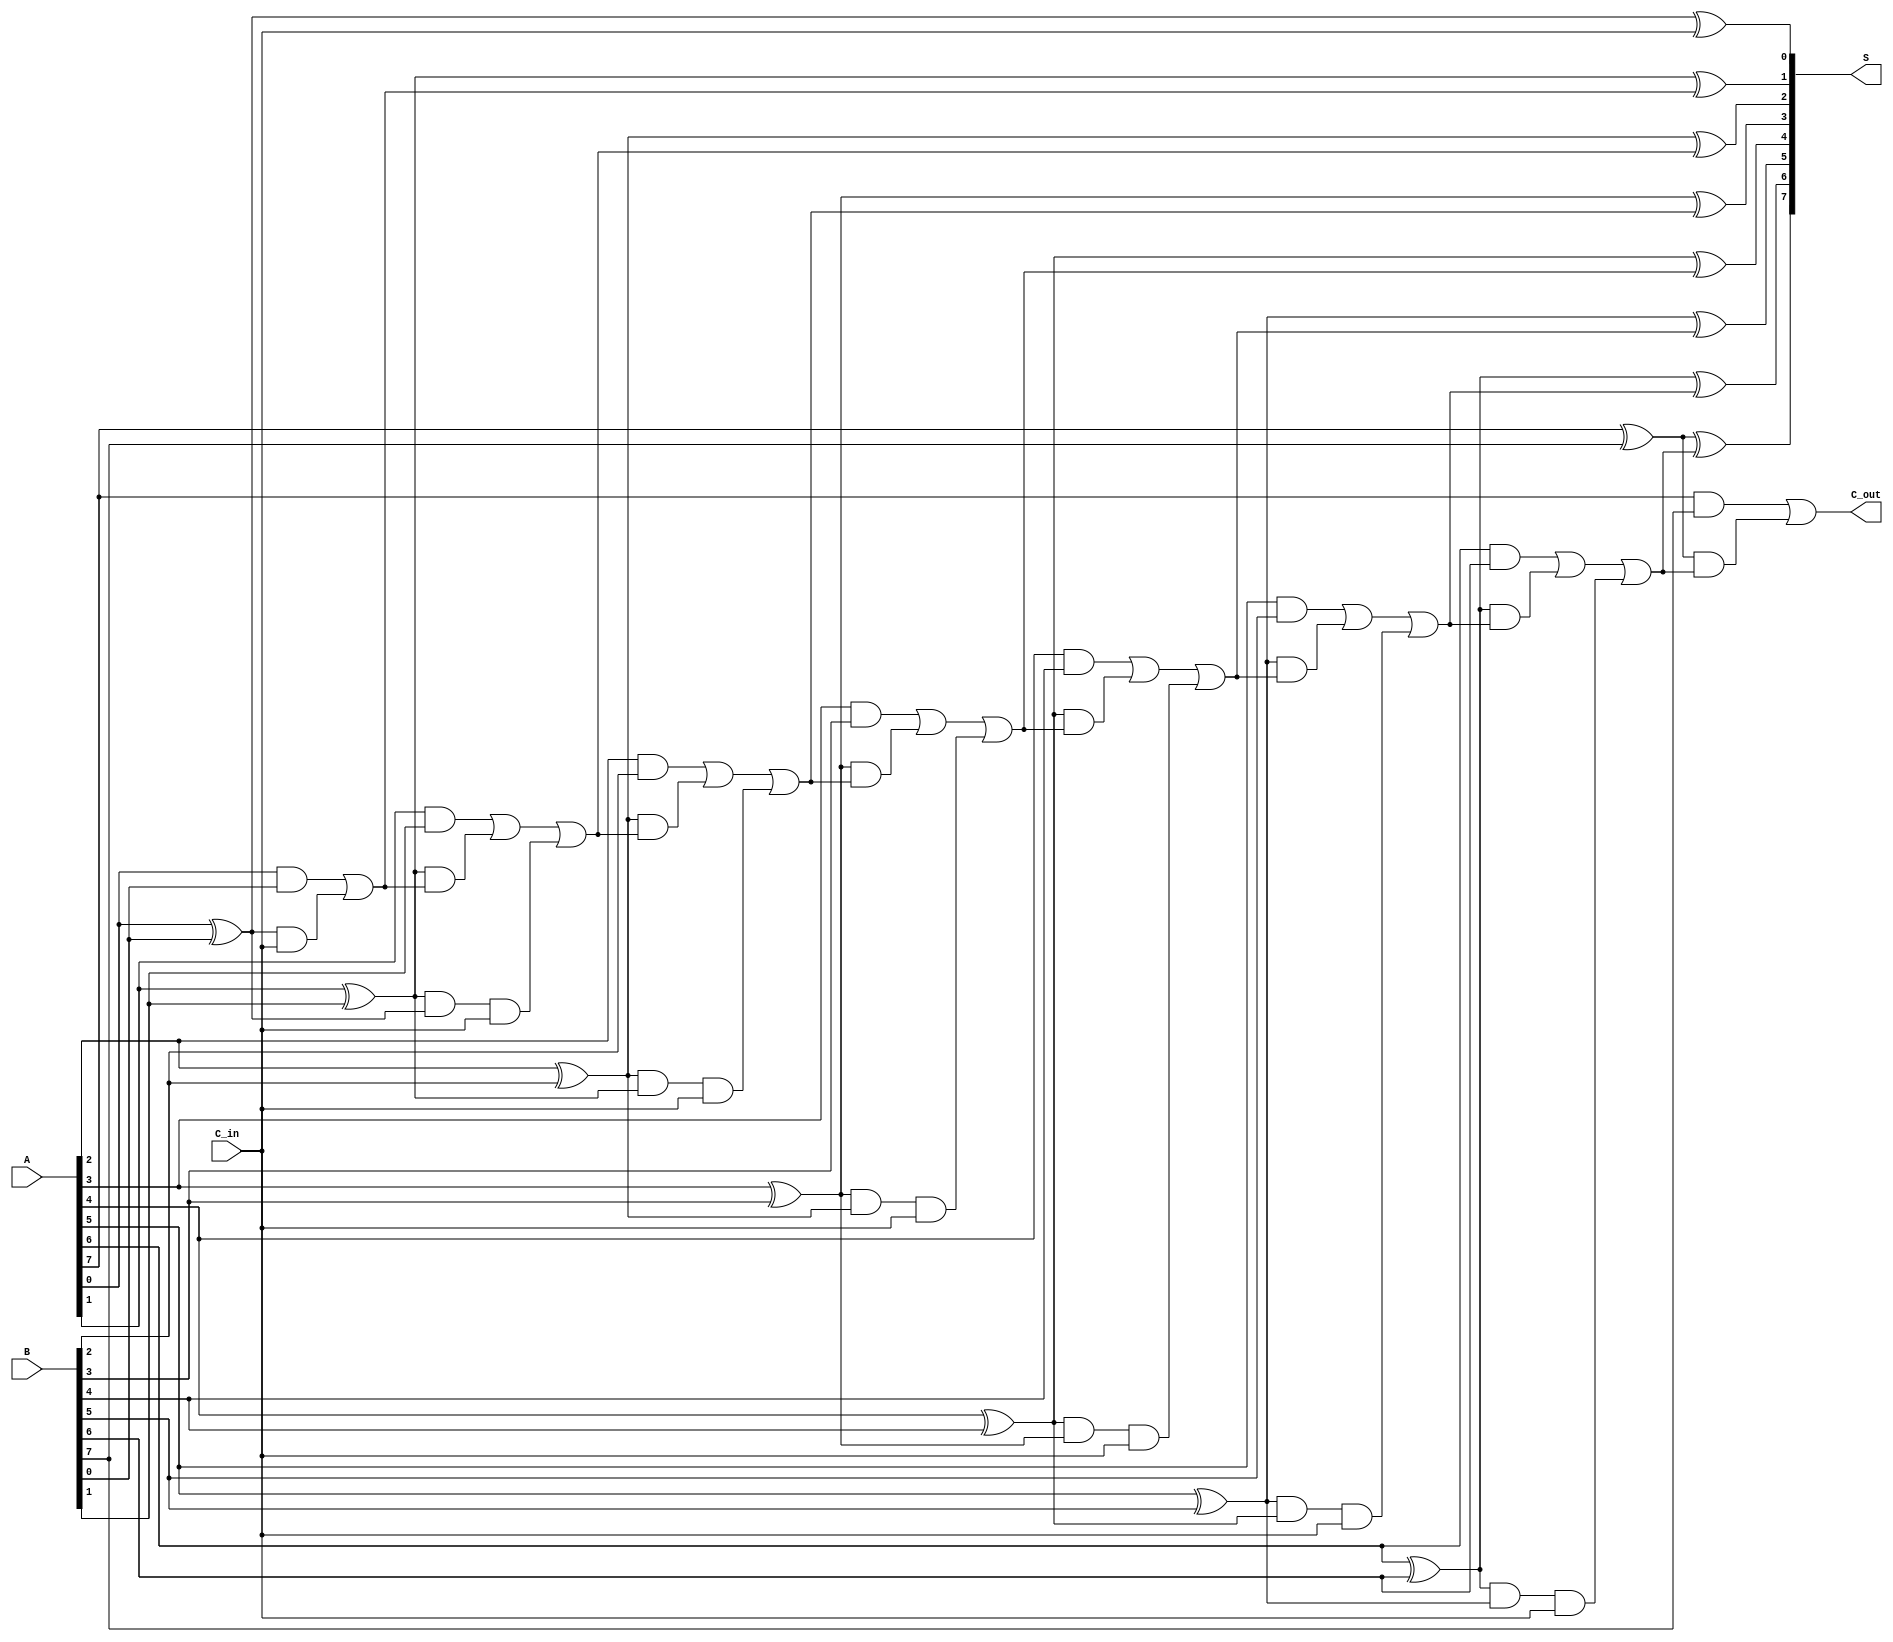
module SklanskyAdder #(parameter n = 8) (
    input  [n-1:0] A,      // First input
    input  [n-1:0] B,      // Second input
    input          C_in,    // Carry-in
    output [n-1:0] S,      // Sum output
    output         C_out    // Carry-out
);

    // Intermediate signals
    wire [n-1:0] P; // Propagate signals
    wire [n-1:0] G; // Generate signals
    wire [n:0] C;   // Carry signals

    // Generate propagate and generate signals
    genvar i;
    generate
        for (i = 0; i < n; i = i + 1) begin : gen_pg
            assign P[i] = A[i] ^ B[i]; // Propagate
            assign G[i] = A[i] & B[i]; // Generate
        end
    endgenerate

    // Carry signal calculations
    assign C[0] = C_in; // Initial carry-in
    assign C[1] = G[0] | (P[0] & C[0]); // C[1]
    
    generate
        for (i = 1; i < n; i = i + 1) begin : carry_calc
            assign C[i+1] = G[i] | (P[i] & C[i]) | (P[i] & P[i-1] & C[0]);
        end
    endgenerate

    // Sum calculation
    generate
        for (i = 0; i < n; i = i + 1) begin : sum_calc
            assign S[i] = P[i] ^ C[i]; // Sum
        end
    endgenerate

    // Final carry-out
    assign C_out = G[n-1] | (P[n-1] & C[n-1]);

endmodule